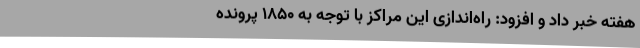
هفته خبر داد و افزود: راه‌اندازی این مراکز با توجه به 1850 پرونده‌